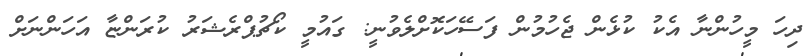
ދިހަ މީހުންނާ އެކު ކުޅެން ޖެހުމުން ފަސޭހަކޮށްލެވުނީ: ގައުމީ ކޯޗުޕްރެޝަރު ކުރަންޏާ އަހަންނަށް